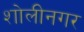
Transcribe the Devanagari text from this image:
शोलीनगर